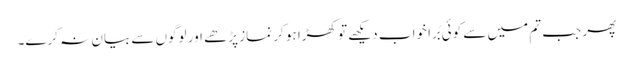
پھر جب تم میں سے کوئی بُرا خواب دیکھے تو کھڑا ہو کر نماز پڑھے اور لوگوں سے بیان نہ کرے۔